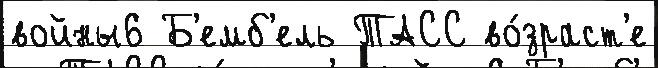
войны6 Б'емб'ель ТАСС во́зраст'е